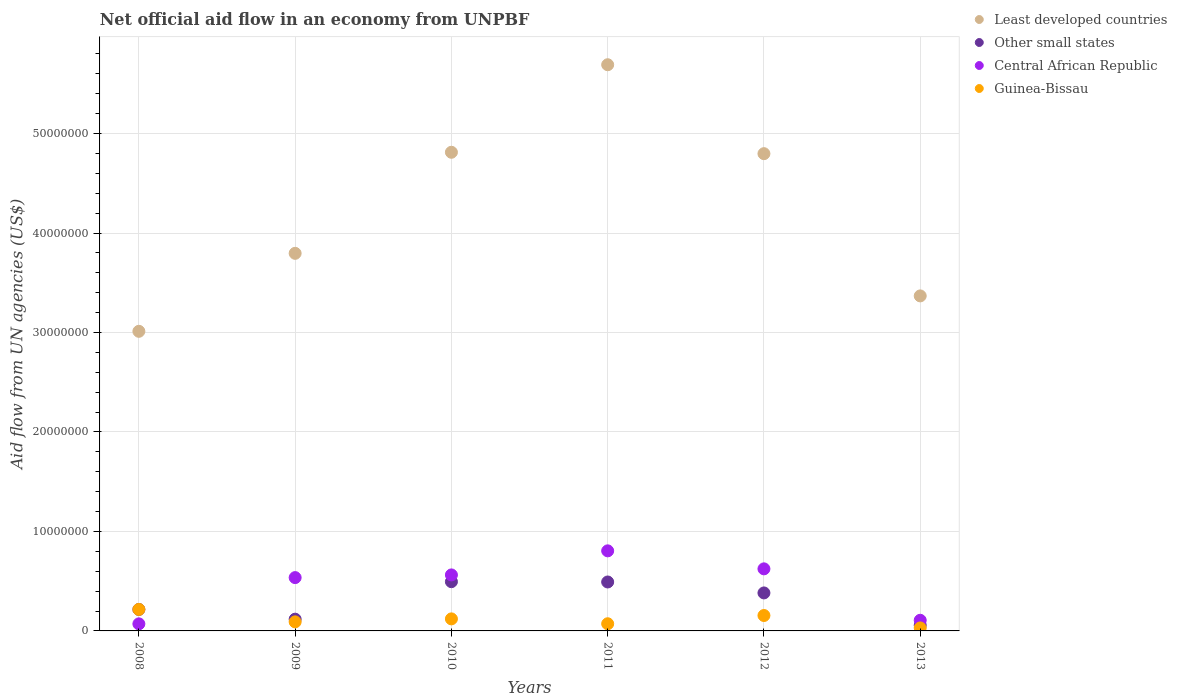
| Years | Least developed countries | Other small states | Central African Republic | Guinea-Bissau |
 | --- | --- | --- | --- | --- |
 | 2008 | 3.01e+07 | 2.16e+06 | 7.1e+05 | 2.16e+06 |
 | 2009 | 3.8e+07 | 1.18e+06 | 5.36e+06 | 9.1e+05 |
 | 2010 | 4.81e+07 | 4.95e+06 | 5.63e+06 | 1.21e+06 |
 | 2011 | 5.69e+07 | 4.92e+06 | 8.05e+06 | 7.2e+05 |
 | 2012 | 4.8e+07 | 3.82e+06 | 6.24e+06 | 1.55e+06 |
 | 2013 | 3.37e+07 | 5.7e+05 | 1.07e+06 | 3e+05 |